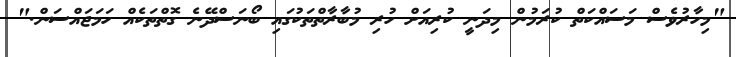
"މިހާރުވެސް މަސައްކަތް ކުރަމުން މިދަނީ ކުރިއަށް ހުރި މުބާރާތްތަކުގައި ބޯނަސްދޭނެ ގޮތްތަކެއް ހަމަޖައްސަން."